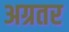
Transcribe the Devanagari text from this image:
अग्रतर